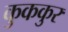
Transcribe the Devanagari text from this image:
कुककुर